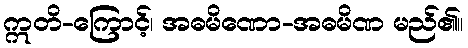
ဣတိ-ကြောင့်၊ အဓမိဏော-အဓမိဏ မည်၏။